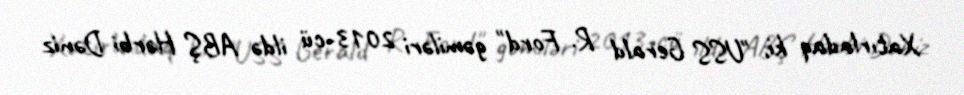
Xatırladaq ki, "USS Gerald R. Ford" gəmiləri 2013-cü ildə ABŞ Hərbi Dəniz